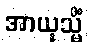
အာယုသ္မိံ